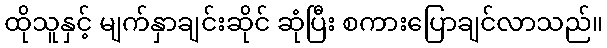
ထိုသူနှင့် မျက်နှာချင်းဆိုင် ဆုံပြီး စကားပြောချင်လာသည်။